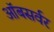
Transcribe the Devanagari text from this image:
ऑबसर्वर